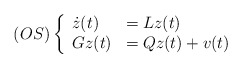
\begin{align*} (OS)\left\{ \begin{array}{ll} \dot{z}(t)&=Lz(t)\\ Gz(t)&=Qz(t)+v(t)\\ \end{array} \right.\end{align*}